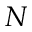
N